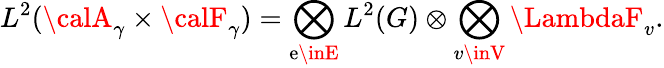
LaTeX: L^{2}({\calA}_{\gamma}\times{\calF}_{\gamma})=\bigotimes_{\mathrm{e}\inE}L^{2}(G)\otimes\bigotimes_{v\inV}\LambdaF_{v}.